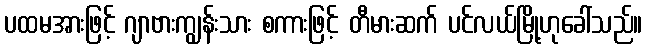
ပထမအားဖြင့် ဂျာဗားကျွန်းသား စကားဖြင့် တီမားဆက် ပင်လယ်မြို့ဟုခေါ်သည်။